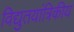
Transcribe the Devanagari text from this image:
विद्युतयांत्रिकीय